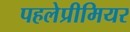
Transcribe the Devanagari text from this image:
पहलेप्रीमियर